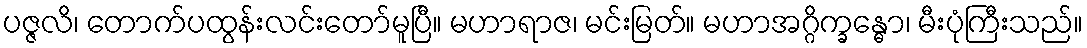
ပဇ္ဇလိ၊ တောက်ပထွန်းလင်းတော်မူပြီ။ မဟာရာဇ၊ မင်းမြတ်။ မဟာအဂ္ဂိက္ခန္ဓော၊ မီးပုံကြီးသည်။